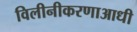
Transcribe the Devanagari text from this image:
विलीनीकरणाआधी